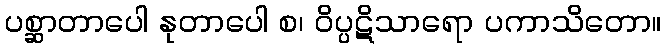
ပစ္ဆာတာပေါ နုတာပေါ စ၊ ဝိပ္ပဋိသာရော ပကာသိတော။